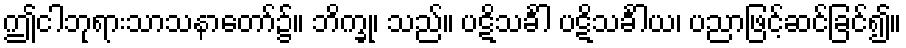
ဤငါဘုရားသာသနာတော်၌။ ဘိက္ခု၊ သည်။ ပဋိသင်္ခါ ပဋိသင်္ခါယ၊ ပညာဖြင့်ဆင်ခြင်၍။